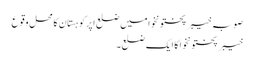
صوبہ خیبر پختونخوا میں ضلع اپرکوہستان کا محل وقوع
خیبر پختونخوا کا ایک ضلع۔